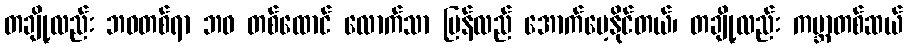
တချို့လည်း ဘဝတစ်ရာ ဘဝ တစ်ထောင် လောက်သာ ပြန်လည် အောက်မေ့နိုင်တယ်၊ တချို့လည်း ကမ္ဘာတစ်ဆယ်